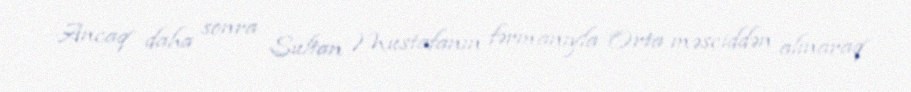
Ancaq daha sonra Sultan Mustafanın fərmanıyla Orta məsciddən alınaraq